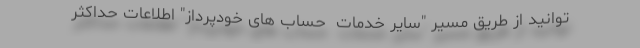
توانید از طریق مسیر "سایر خدمات  حساب های خودپرداز" اطلاعات حداکثر